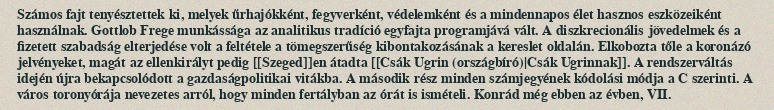
Számos fajt tenyésztettek ki, melyek űrhajókként, fegyverként, védelemként és a mindennapos élet hasznos eszközeiként használnak. Gottlob Frege munkássága az analitikus tradíció egyfajta programjává vált. A diszkrecionális jövedelmek és a fizetett szabadság elterjedése volt a feltétele a tömegszerűség kibontakozásának a kereslet oldalán. Elkobozta tőle a koronázó jelvényeket, magát az ellenkirályt pedig [[Szeged]]en átadta [[Csák Ugrin (országbíró)|Csák Ugrinnak]]. A rendszerváltás idején újra bekapcsolódott a gazdaságpolitikai vitákba. A második rész minden számjegyének kódolási módja a C szerinti. A város toronyórája nevezetes arról, hogy minden fertályban az órát is ismételi. Konrád még ebben az évben, VII.